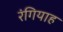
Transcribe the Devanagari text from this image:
रंगियाह